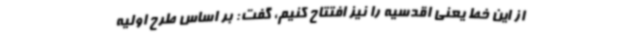
از این خط یعنی اقدسیه را نیز افتتاح کنیم، گفت: بر اساس طرح اولیه